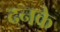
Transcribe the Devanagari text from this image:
दनके